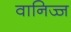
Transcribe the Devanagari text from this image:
वानिज्ज